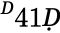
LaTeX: ^Ḋ41Ḍ